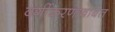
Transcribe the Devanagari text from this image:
वर्गीकरणाबाबत